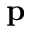
\mathbf { p }